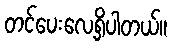
တင်ပေးလေ့ရှိပါတယ်။